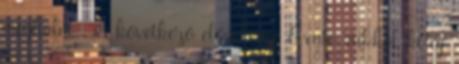
meghalni . A következő előadásig. Évente rukkol ki új